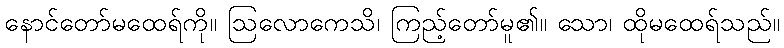
နောင်တော်မထေရ်ကို။ ဩလောကေသိ၊ ကြည့်တော်မူ၏။ သော၊ ထိုမထေရ်သည်။